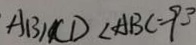
A B / / C D < A B C = 9 3